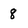
Character: 8